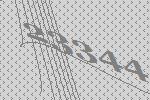
23344